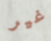
غير